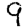
Digit: 9